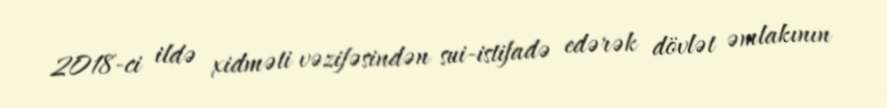
2018-ci ildə xidməti vəzifəsindən sui-istifadə edərək dövlət əmlakının